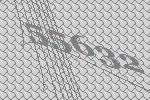
55632